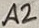
Text: A2